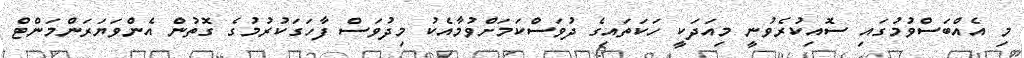
މި އެއްބަސްވުމުގައި ސޮއިކުރެވުނީ މިއަދަކީ ހަކަތައިގެ ދުވަސްކަމަށްވުމާއެކު މިދުވަސް ފާހަގަކުރުމުގެ ގޮތުން އެންވަޔަރަންމަންޓް